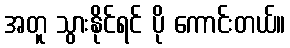
အတူ သွားနိုင်ရင် ပို ကောင်းတယ်။